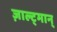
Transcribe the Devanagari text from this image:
ज़ाल्ट्मान्